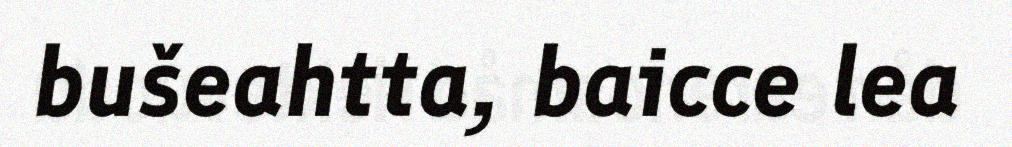
bušeahtta, baicce lea